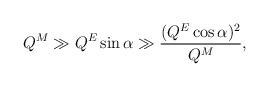
LaTeX: \begin{align*}Q^M \gg Q^E\sin\alpha \gg \frac{(Q^E\cos\alpha)^2}{Q^M},\end{align*}